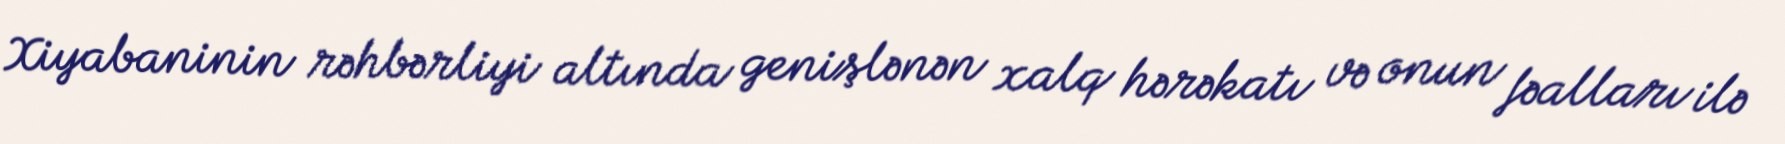
Xiyabaninin rəhbərliyi altında genişlənən xalq hərəkatı və onun fəalları ilə